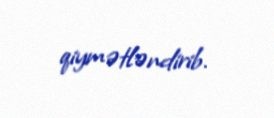
qiymətləndirib.